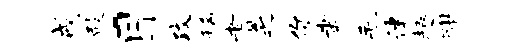
戒殿目攻稀耆乏你聿毛律趣酣